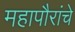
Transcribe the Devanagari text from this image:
महापौरांचे